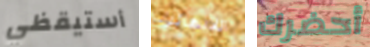
أستيقظي اللانهائية أحضرك